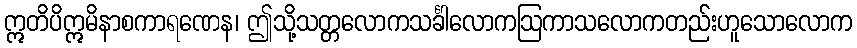
ဣတိပိဣမိနာစကာရဏေန၊ ဤသို့သတ္တလောကသင်္ခါလောကဩကာသလောကတည်းဟူသောလောက